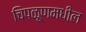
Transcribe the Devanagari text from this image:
चिपळूणमधील